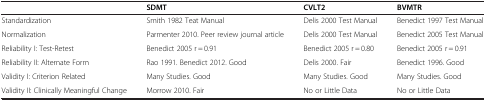
<table><thead><tr><td><b> </b></td><td><b>SDMT</b></td><td><b>CVLT2</b></td><td><b>BVMTR</b></td></tr></thead><tbody><tr><td>Standardization</td><td>Smith 1982 Teat Manual</td><td>Delis 2000 Test Manual</td><td>Benedict 1997 Test Manual</td></tr><tr><td>Normalization</td><td>Parmenter 2010. Peer review journal article</td><td>Delis 2000 Test Manual</td><td>Benedict 2005 Test Manual</td></tr><tr><td>Reliability I: Test-Retest</td><td>Benedict 2005 r = 0.91</td><td>Benedict 2005 r = 0.80</td><td>Benedict 2005 r = 0.91</td></tr><tr><td>Reliability II: Alternate Form</td><td>Rao 1991. Benedict 2012. Good</td><td>Delis 2000. Fair</td><td>Benedict 1996. Good</td></tr><tr><td>Validity I: Criterion Related</td><td>Many Studies. Good</td><td>Many Studies. Good</td><td>Many Studies. Good</td></tr><tr><td>Validity II: Clinically Meaningful Change</td><td>Morrow 2010. Fair</td><td>No or Little Data</td><td>No or Little Data</td></tr></tbody></table>